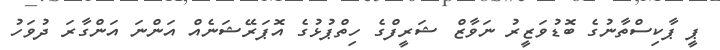
ޕީ ޕާކިސްތާނުގެ ބޮޑުވަޒީރު ނަވާޒް ޝަރީފްގެ ހިތްޕުޅުގެ އޮޕަރޭޝަނެއް އަންނަ އަންގާރަ ދުވަހު